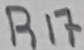
Text: R17